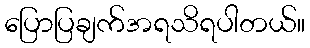
ပြောပြချက်အရသိရပါတယ်။